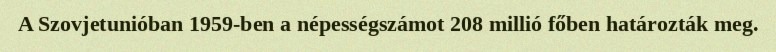
A Szovjetunióban 1959-ben a népességszámot 208 millió főben határozták meg.